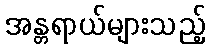
အန္တရာယ်များသည့်